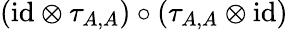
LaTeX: ({\operatorname{id}}\otimes\tau_{A,A})\circ(\tau_{A,A}\otimes{\operatorname{id}})